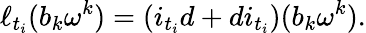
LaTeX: \ell_{t_{i}}(b_{k}\omega^{k})=(i_{t_{i}}d+di_{t_{i}})(b_{k}\omega^{k}).